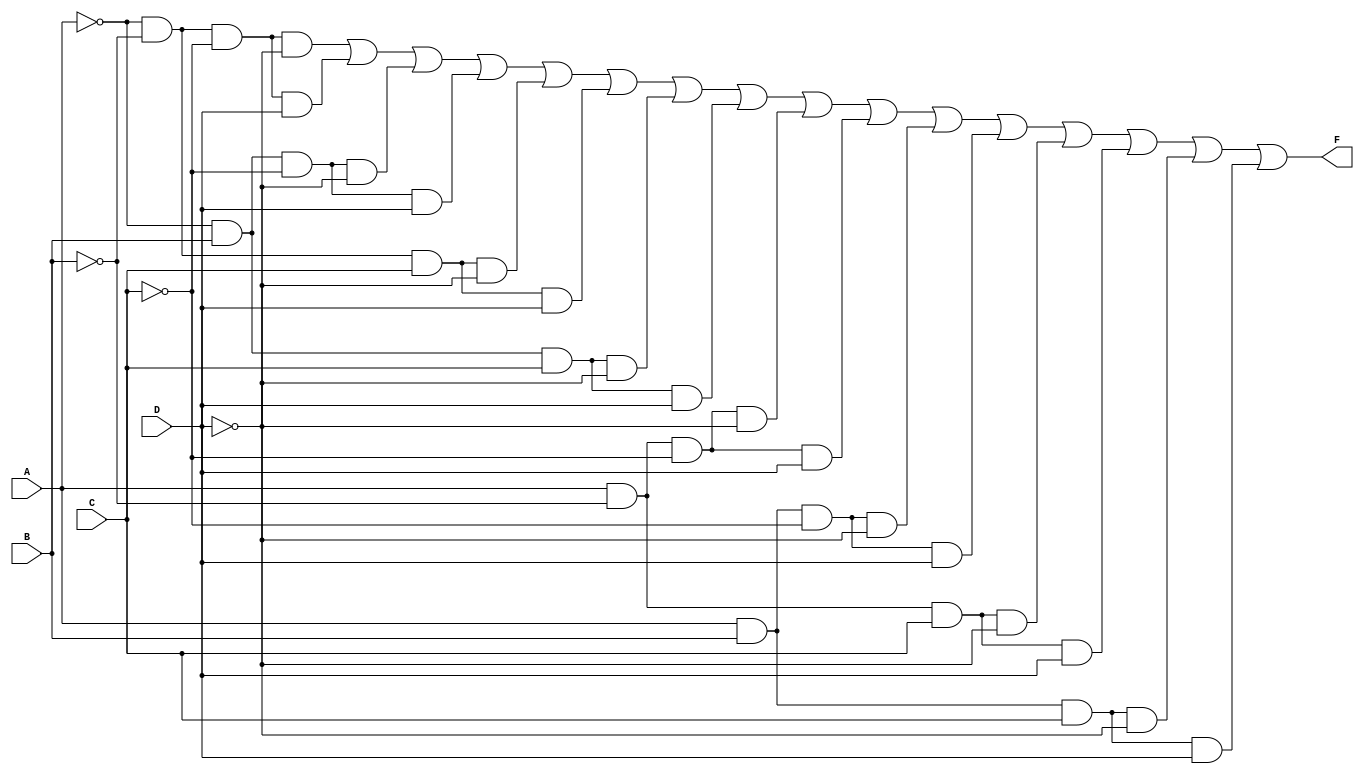
module kmap_4var (
    input wire A,  // Input variable A
    input wire B,  // Input variable B
    input wire C,  // Input variable C
    input wire D,  // Input variable D
    output wire F  // Output function F
);

// Internal signal to represent minterms
wire m0, m1, m2, m3, m4, m5, m6, m7;
wire m8, m9, m10, m11, m12, m13, m14, m15;

// Define the minterms based on input combinations
assign m0 = ~A & ~B & ~C & ~D; // m0
assign m1 = ~A & ~B & ~C & D;  // m1
assign m2 = ~A & B & ~C & ~D;  // m2
assign m3 = ~A & B & ~C & D;   // m3
assign m4 = ~A & ~B & C & ~D;  // m4
assign m5 = ~A & ~B & C & D;   // m5
assign m6 = ~A & B & C & ~D;   // m6
assign m7 = ~A & B & C & D;    // m7
assign m8 = A & ~B & ~C & ~D;  // m8
assign m9 = A & ~B & ~C & D;   // m9
assign m10 = A & B & ~C & ~D;  // m10
assign m11 = A & B & ~C & D;   // m11
assign m12 = A & ~B & C & ~D;  // m12
assign m13 = A & ~B & C & D;   // m13
assign m14 = A & B & C & ~D;   // m14
assign m15 = A & B & C & D;    // m15

// K-map grouping (example groups based on minterms)
assign F = (m0 | m1 | m2 | m3 |  // Group 1
            m4 | m5 | m6 | m7 |  // Group 2
            m8 | m9 | m10 | m11 | // Group 3
            m12 | m13 | m14 | m15); // Group 4

endmodule